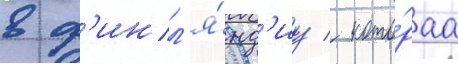
в ф'инл'я́нд'иу / кото́раа